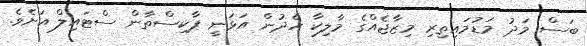
ބަސް މަދު މަޑުމައިތިރި މިޒާޖެއްގެ މާލިކާ ހެދުން އަޅަނީ ޕާކިސްތާން ސްޓައިލް އަށެވެ.